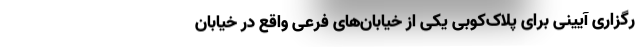
رگزاری آیینی برای پلاک‌کوبی یکی از خیابان‌های فرعی واقع در خیابان